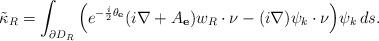
LaTeX: \begin{align*}\tilde\kappa_R=\int_{\partial D_R}\Big(e^{-\frac i2 \theta_{\mathbf e}} (i\nabla+A_{\mathbf e})w_R\cdot\nu- (i\nabla) \psi_k\cdot\nu\Big)\psi_k\,ds.\end{align*}